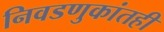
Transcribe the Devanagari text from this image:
निवडणुकांतही